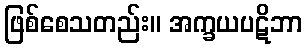
ဖြစ်စေသတည်း။ အက္ခယပဋိဘာ